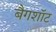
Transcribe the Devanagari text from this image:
बैगशॉट